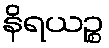
နိရယဉ္စ